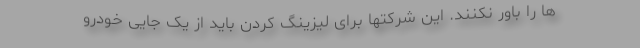
ها را باور نکنند. این شرکتها برای لیزینگ کردن باید از یک جایی خودرو